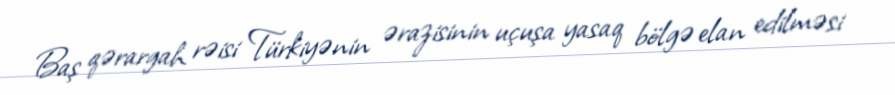
Baş qərargah rəisi Türkiyənin ərazisinin uçuşa yasaq bölgə elan edilməsi